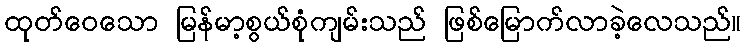
ထုတ်ဝေသော မြန်မာ့စွယ်စုံကျမ်းသည် ဖြစ်မြောက်လာခဲ့လေသည်။